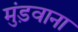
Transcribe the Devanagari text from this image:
मुंड़वाना